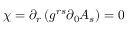
\chi = \partial _ { r } \left( g ^ { r s } \partial _ { 0 } A _ { s } \right) = 0